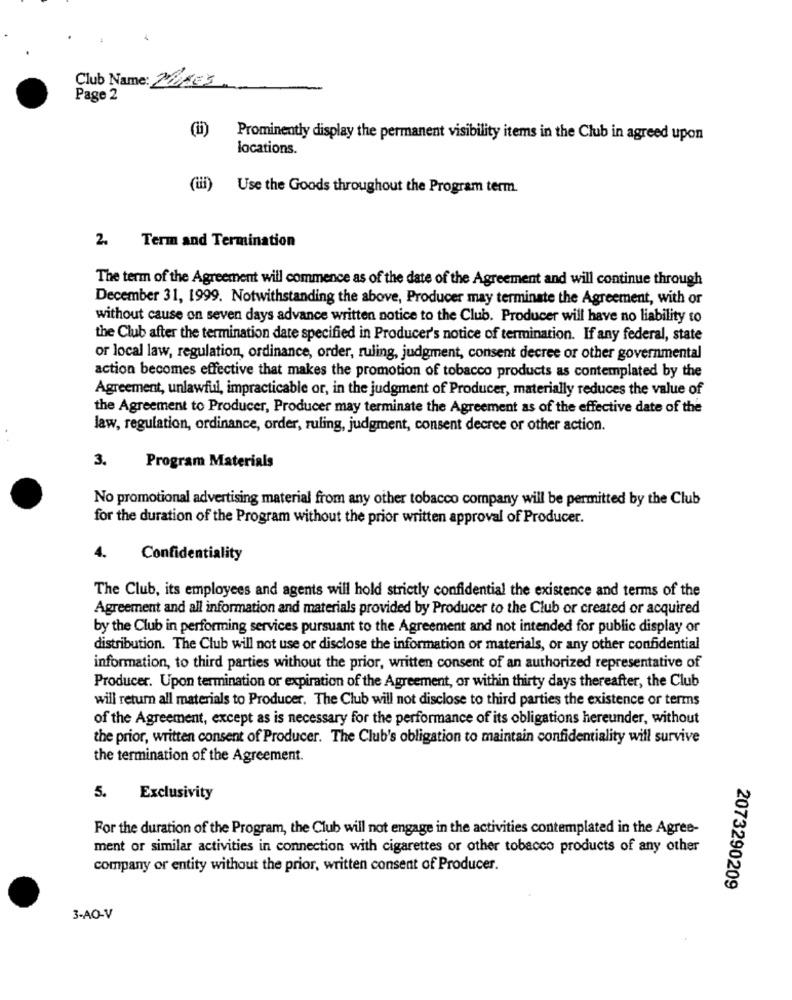
Club Name: 26ES
Page 2
(ii)
Prominently display the permanent visibility items in the Club in agreed upon
locations.
Use the Goods throughout the Program term.
2. Term and Termination
The term of the Agreement will commence as of the date of the Agreement and will continue through
December 31, 1999. Notwithstanding the above, Producer may terminate the Agreement, with or
without cause on seven days advance written notice to the Club. Producer will have no liability to
the Club after the termination date specified in Producer's notice of termination. If any federal, state
or local law, regulation, ordinance, order, ruling, judgment, consent decree or other governmental
action becomes effective that makes the promotion of tobacco products as contemplated by the
Agreement, unlawful, impracticable or, in the judgment of Producer, materially reduces the value of
the Agreement to Producer, Producer may terminate the Agreement as of the effective date of the
law, regulation, ordinance, order, ruling, judgment, consent decree or other action.
3.
Program Materials
No promotional advertising material from any other tobacco company will be permitted by the Club
for the duration of the Program without the prior written approval of Producer.
4.
Confidentiality
The Club, its employees and agents will hold strictly confidential the existence and terms of the
Agreement and all information and materials provided by Producer to the Club or created or acquired
by the Club in performing services pursuant to the Agreement and not intended for public display or
distribution. The Club will not use or disclose the information or materials, or any other confidential
information, to third parties without the prior, written consent of an authorized representative of
Producer. Upon termination or expiration of the Agreement, or within thirty days thereafter, the Club
will return all materials to Producer. The Club will not disclose to third parties the existence or terms
of the Agreement, except as is necessary for the performance of its obligations hereunder, without
the prior, written consent of Producer. The Club's obligation to maintain confidentiality will survive
the termination of the Agreement.
5. Exclusivity
For the duration of the Program, the Club will not engage in the activities contemplated in the Agree-
ment or similar activities in connection with cigarettes or other tobacco products of any other
company or entity without the prior, written consent of Producer.
2073290209
3-AO-V